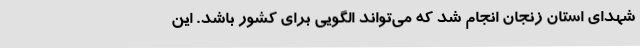
شهدای استان زنجان انجام شد که می‌تواند الگویی برای کشور باشد. این